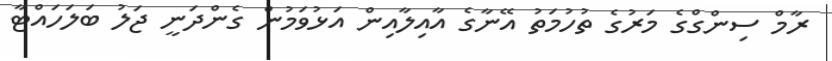
ރާމް ސިންގްގެ މަރުގެ ތުހުމަތު އޭނާގެ އާއިލާއިން އަޅުވަމުން ގެންދަނީ ޖަލު ބަލަހައްޓާ